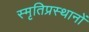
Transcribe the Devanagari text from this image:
स्मृतिप्रस्थानों